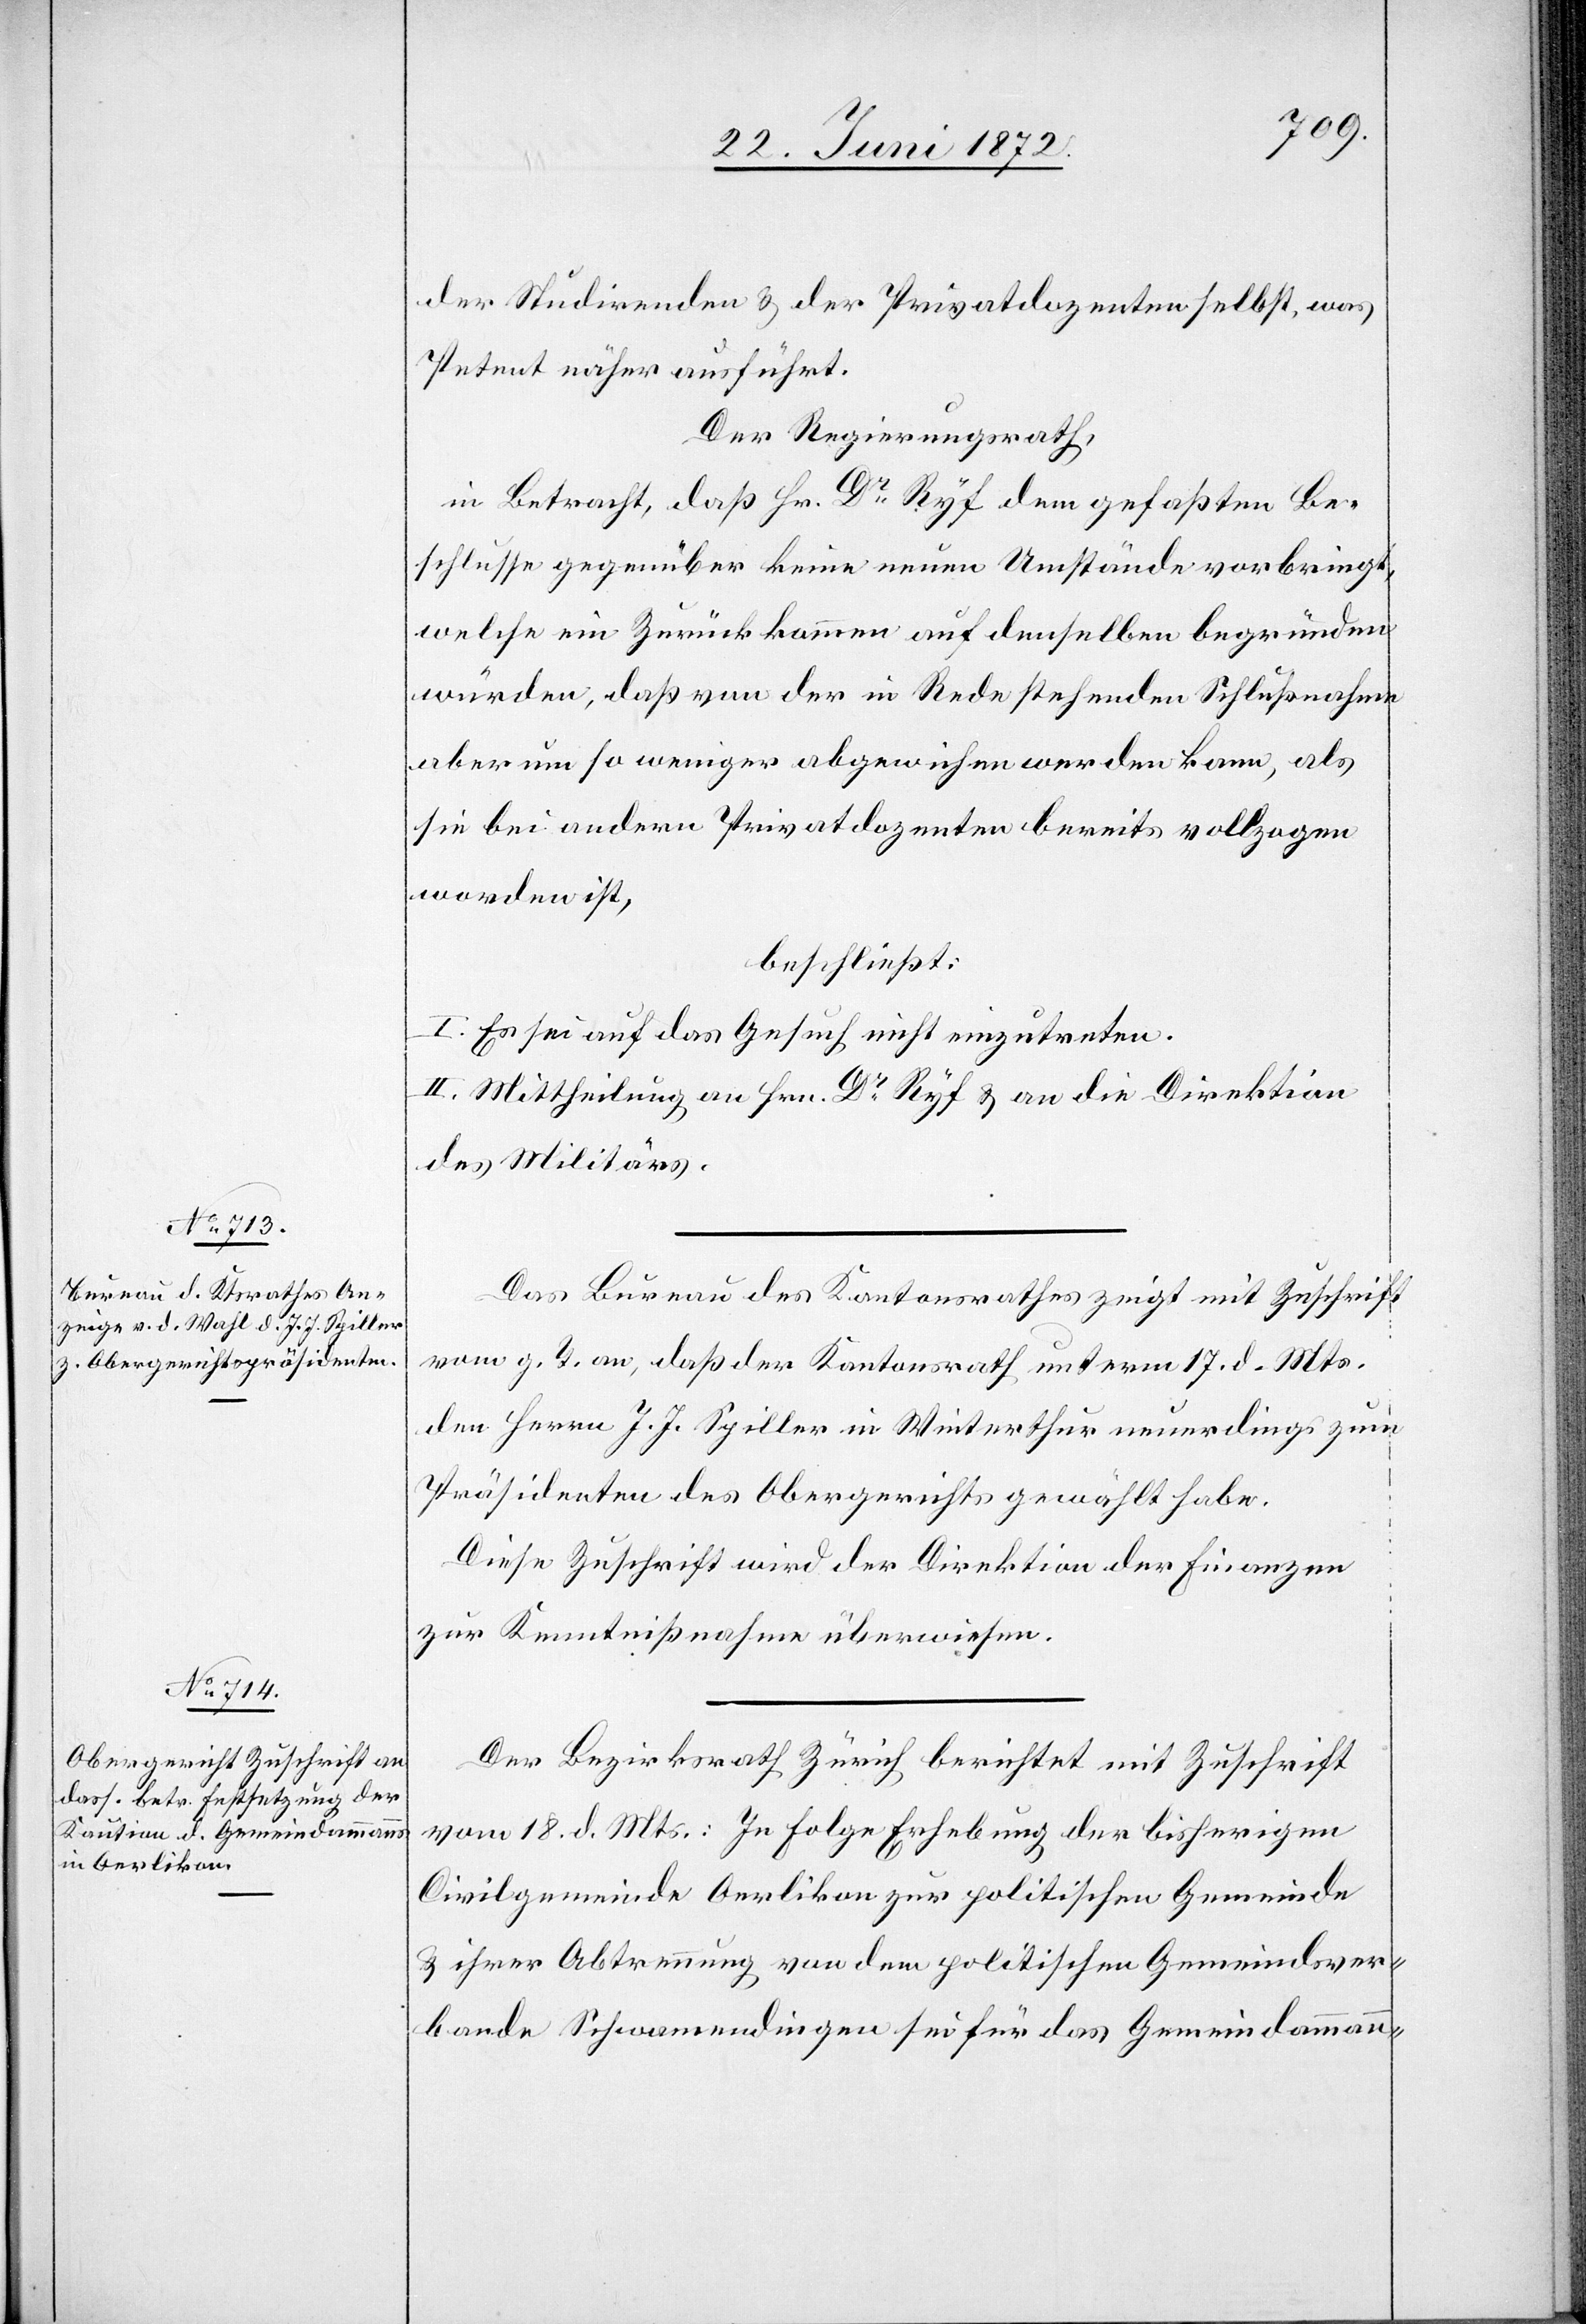
der Studirenden u. der Privatdozenten selbst, was
Petent näher ausführt.
Der Regierungsrath,
in Betracht, daß Hr. Dr Ryf dem gefaßten Be¬
schlusse gegenüber keine neuen Umstände vorbringt,
welche ein Zurückkommen auf denselben begründen
würden, daß von der in Rede stehenden Schlußnahme
aber um so weniger abgewichen werden kann, als
sie bei andern Privatdozenten bereits vollzogen
worden ist,
beschließt:
I. Es sei auf das Gesuch nicht einzutreten.
II. Mittheilung an Hrn. Dr Ryf u. an die Direktion
des Militärs.
Das Bureau des Kantonsrathes zeigt mit Zuschrift
vom g. T. an, daß der Kantonsrath unterm 17. d. Mts.
den Herrn J. J. Spiller in Winterthur neuerdings zum
Präsidenten des Obergerichts gewählt habe.
Diese Zuschrift wird der Direktion der Finanzen
zur Kenntnißnahme überwiesen.
Der Bezirksrath Zürich berichtet mit Zuschrift
vom 18. d. Mts.: In Folge Erhebung der bisherigen
Civilgemeinde Oerlikon zur politischen Gemeinde
u. ihrer Abtrennung von dem politischen Gemeindsver¬
bande Schwamendingen sei für das Gemeindammann-